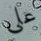
على